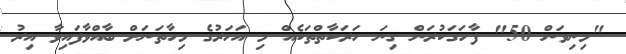
"މިނިވަން 50" ފާހަގަކުރަން ގިނަ ހަރަކާތްތަކެއް މި އަހަރުގެ މިހާތަނަށް ބާއްވާފައިވާ އިރު